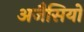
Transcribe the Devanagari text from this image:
अजैसियों